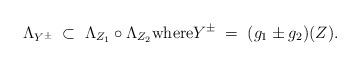
LaTeX: \begin{align*} \Lambda_{Y^\pm} \;\subset\; \Lambda_{Z_1} \circ \Lambda_{Z_2} \textnormal{where} Y^\pm \;=\; (g_1\pm g_2)(Z).\end{align*}